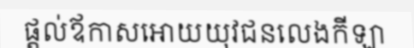
ផ្តល់ឪកាសអោយយុវជនលេងកីឡា